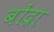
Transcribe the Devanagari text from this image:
बोंद्रा